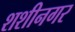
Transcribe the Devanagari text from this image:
शशीनगर